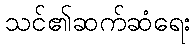
သင်၏ဆက်ဆံရေး